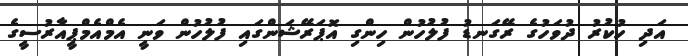
އަދި ހުކުރު ދުވަހުގެ ރޭގަނޑު ފުލުހުން ހިންގި އޮޕަރޭޝަންގައި ފުލުހުން ވަނީ އެމްއެމްޕީއާރުސީގެ